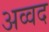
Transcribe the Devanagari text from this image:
अव्वद